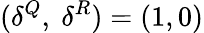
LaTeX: (\delta^{Q},\ \delta^{R})=(1,0)